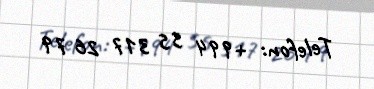
Telefon: +994 55 317 26 79